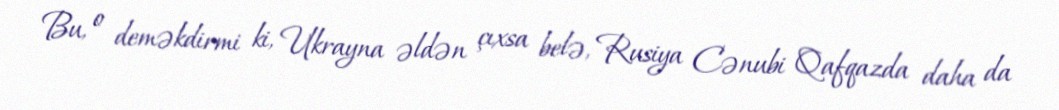
Bu, o deməkdirmi ki, Ukrayna əldən çıxsa belə, Rusiya Cənubi Qafqazda daha da